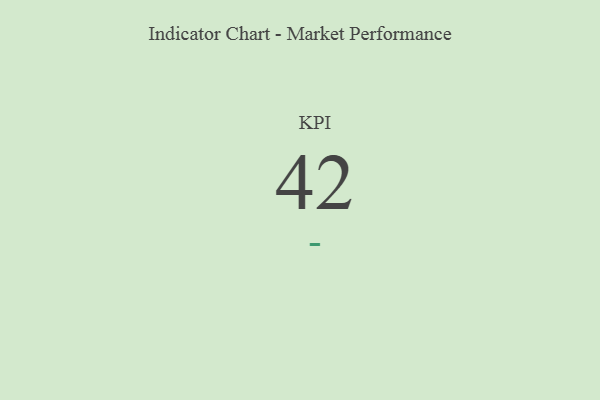
{"axis": {"x": "KPI", "y": "Value"}, "legend": [""], "data": [{"x": "KPI", "y": 42, "type": ""}]}